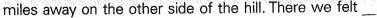
miles away on the other side of the hill. There we felt ___